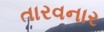
તારવનાર